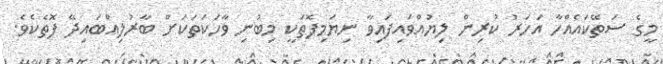
މީގެ ސަތޭކައެއްހާ އަހަރު ކުރިން ލިޔުއްވަައިފައިވާ ނިޔަމިފޮތަކީ މިބުނި ވާހަކަތަކަށް ބާރުލިއްބައިދޭ ފޮތެކެވެ.